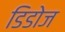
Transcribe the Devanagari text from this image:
डिडोज